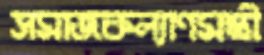
সমাজকল্যাণমন্ত্রী